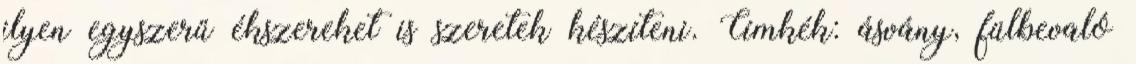
ilyen egyszerű ékszereket is szeretek készíteni. Címkék: ásvány, fülbevaló